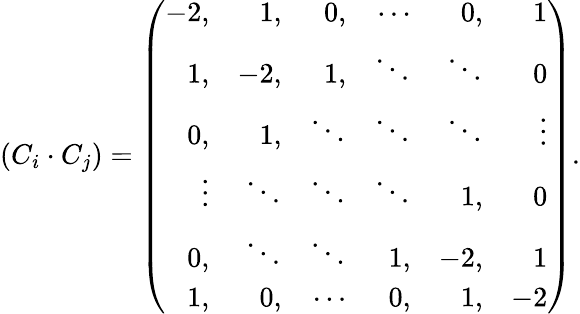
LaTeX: (C_{i}\cdot C_{j})=\left(\begin{array}{rrrrrr}{{-2,}}&{{1,}}&{{0,}}&{{\cdots}}&{{0,}}&{{1}}\\ {{1,}}&{{-2,}}&{{1,}}&{{\ddots}}&{{\ddots}}&{{0}}\\ {{0,}}&{{1,}}&{{\ddots}}&{{\ddots}}&{{\ddots}}&{{\vdots}}\\ {{\vdots}}&{{\ddots}}&{{\ddots}}&{{\ddots}}&{{1,}}&{{0}}\\ {{0,}}&{{\ddots}}&{{\ddots}}&{{1,}}&{{-2,}}&{{1}}\\ {{1,}}&{{0,}}&{{\cdots}}&{{0,}}&{{1,}}&{{-2}}\end{array}\right).